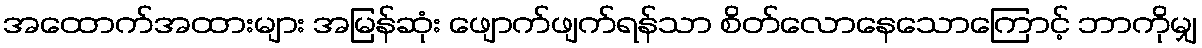
အထောက်အထားများ အမြန်ဆုံး ဖျောက်ဖျက်ရန်သာ စိတ်လောနေသောကြောင့် ဘာကိုမျှ